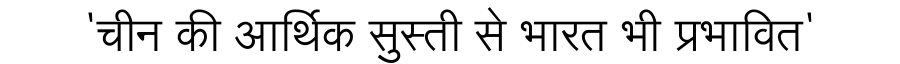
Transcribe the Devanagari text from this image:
'चीन की आर्थिक सुस्ती से भारत भी प्रभावित'